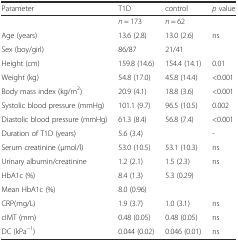
<table><thead><tr><td><b>Parameter</b></td><td><b>T1D</b></td><td><b>control</b></td><td><b><i>p</i> value</b></td></tr></thead><tbody><tr><td></td><td><i>n</i> = 173</td><td><i>n</i> = 62</td><td></td></tr><tr><td>Age (years)</td><td>13.6 (2.8)</td><td>13.0 (2.6)</td><td>ns</td></tr><tr><td>Sex (boy/girl)</td><td>86/87</td><td>21/41</td><td></td></tr><tr><td>Height (cm)</td><td>159.8 (14.6)</td><td>154.4 (14.1)</td><td>0.01</td></tr><tr><td>Weight (kg)</td><td>54.8 (17.0)</td><td>45.8 (14.4)</td><td>&lt;0.001</td></tr><tr><td>Body mass index (kg/m<sup>2</sup>)</td><td>20.9 (4.1)</td><td>18.8 (3.6)</td><td>&lt;0.001</td></tr><tr><td>Systolic blood pressure (mmHg)</td><td>101.1 (9.7)</td><td>96.5 (10.5)</td><td>0.002</td></tr><tr><td>Diastolic blood pressure (mmHg)</td><td>61.3 (8.4)</td><td>56.8 (7.4)</td><td>&lt;0.001</td></tr><tr><td>Duration of T1D (years)</td><td>5.6 (3.4)</td><td></td><td>-</td></tr><tr><td>Serum creatinine (μmol/l)</td><td>53.0 (10.5)</td><td>53.1 (10.3)</td><td>ns</td></tr><tr><td>Urinary albumin/creatinine</td><td>1.2 (2.1)</td><td>1.5 (2.3)</td><td>ns</td></tr><tr><td>HbA1c (%)</td><td>8.4 (1.3)</td><td>5.3 (0.29)</td><td></td></tr><tr><td>Mean HbA1c (%)</td><td>8.0 (0.96)</td><td></td><td></td></tr><tr><td>CRP(mg/L)</td><td>1.9 (3.7)</td><td>1.0 (3.1)</td><td>ns</td></tr><tr><td>cIMT (mm)</td><td>0.48 (0.05)</td><td>0.48 (0.05)</td><td>ns</td></tr><tr><td>DC (kPa<sup>−1</sup>)</td><td>0.044 (0.02)</td><td>0.046 (0.01)</td><td>ns</td></tr></tbody></table>